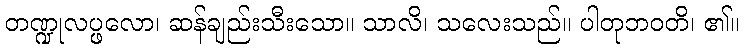
တဏ္ဍုလပ္ဖလော၊ ဆန်ချည်းသီးသော။ သာလိ၊ သလေးသည်။ ပါတုဘဝတိ၊ ၏။